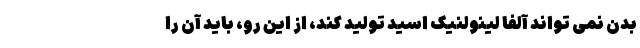
بدن نمی تواند آلفا لینولنیک اسید تولید کند، از این رو، باید آن را